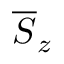
\overline { { S } } _ { z }